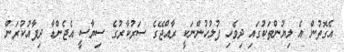
އެގޮތުން އެ ލިޔުންތަކުގައި ދިވެހި ފުލުހުންނަކީ ރާއްޖޭގެ ސަރުކާރުގެ ސިޔާސީ އެޖެންޑާ ދިފާއުކުރަން